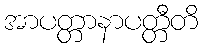
အာပတ္တာနာပတ္တီတိ